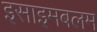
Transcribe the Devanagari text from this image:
इसाइमबलम